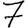
Digit: 7